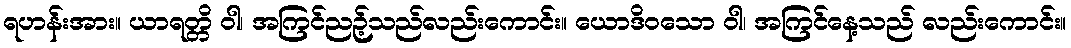
ရဟန်းအား။ ယာရတ္တိ ဝါ၊ အကြင်ညဉ့်သည်လည်းကောင်း။ ယောဒိဝသော ဝါ၊ အကြင်နေ့သည် လည်းကောင်း။